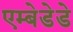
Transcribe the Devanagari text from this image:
एम्बेडेडे